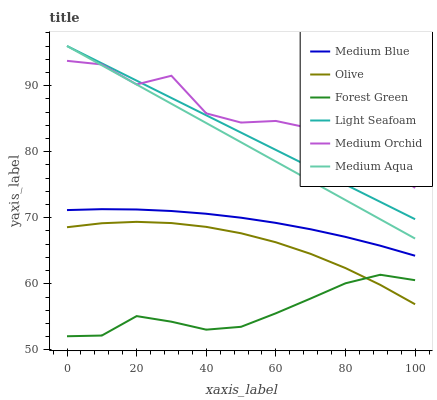
| xaxis_label | Medium Blue | Olive | Forest Green | Light Seafoam | Medium Orchid | Medium Aqua |
 | --- | --- | --- | --- | --- | --- | --- |
 | 0 | 71.2 | 68.6 | 52.1 | 96 | 93.8 | 96 |
 | 10 | 71.3 | 69.2 | 52.2 | 93.4 | 93.2 | 93.1 |
 | 20 | 71.3 | 69.4 | 55.1 | 90.8 | 90.2 | 90.2 |
 | 30 | 71 | 69.2 | 54.3 | 88.1 | 91.5 | 87.3 |
 | 40 | 70.6 | 68.6 | 53.1 | 85.5 | 85.8 | 84.3 |
 | 50 | 70 | 67.6 | 53.5 | 82.9 | 84.4 | 81.4 |
 | 60 | 69.2 | 66.3 | 55.5 | 80.3 | 84.7 | 78.5 |
 | 70 | 68.3 | 64.5 | 57.8 | 77.6 | 83.5 | 75.6 |
 | 80 | 67.1 | 62.4 | 60.1 | 75 | 78.1 | 72.7 |
 | 90 | 65.8 | 59.8 | 61.4 | 72.4 | 78.2 | 69.8 |
 | 100 | 64.2 | 56.9 | 60.5 | 69.8 | 74.5 | 66.8 |